Papers set at the Examination for Leaving Certificates, 1894
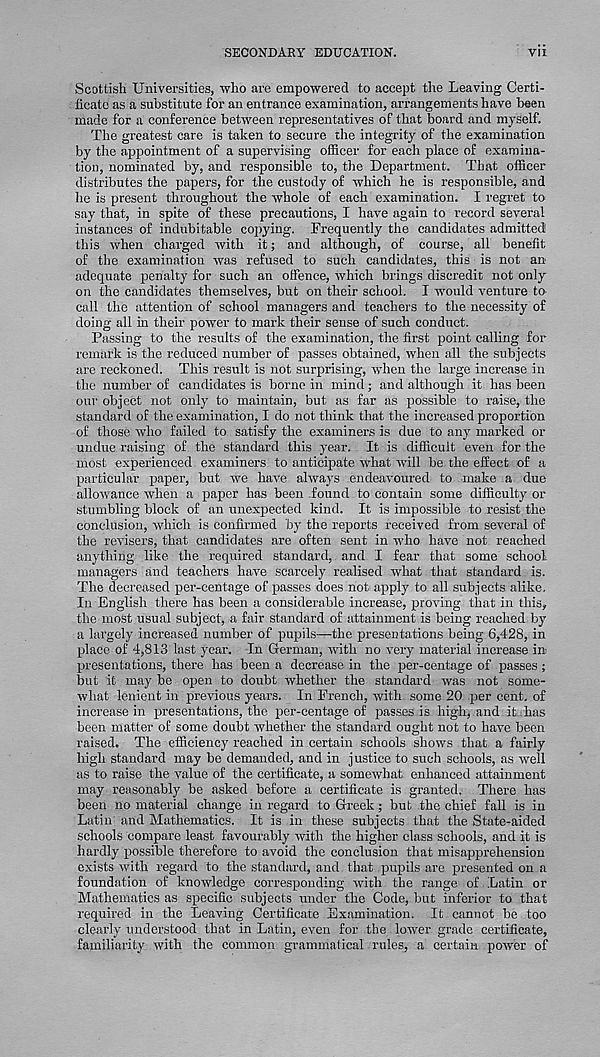
SECONDARY EDUCATION.
VII
Scottish Universities, who are empowered to accept the Leaving Certi-
ficate as a substitute for an entrance examination, arrangements have been
made for a conference between representatives of that board and myself.
The greatest care is taken to secure the integrity of the examination
by the appointment of a supervising officer for each place of examina-
tion, nominated by, and responsible to, the Department. That officer
distributes the papers, for the custody of which he is responsible, and
he is present throughout the whole of each examination. I regret to
say that, in spite of these precautions, I have again to record several
instances of indubitable copying. Frequently the candidates admitted
this when charged with it; and although, of course, all benefit
of the examination was refused to such candidates, this is not an
adequate penalty for such an offence, which brings discredit not only
on the candidates themselves, but on their school. I would venture to
call the attention of school managers and teachers to the necessity of
doing all in their power to mark their sense of such conduct.
Passing to the results of the examination, the first point calling for
remark is the reduced number of passes obtained, when all the subjects
are reckoned. This result is not surprising, when the large increase in
the number of candidates is borne in mind; and although it has been
our object not only to maintain, but as far as possible to raise, the
standard of the examination, I do not think that the increased proportion
of those who failed to satisfy the examiners is due to any marked or
undue raising of the standard this year. It is difficult even for the
most experienced examiners to anticipate what will be the effect of a
particular paper, but we have always endeavoured to make a due
allowance when a paper has been found to contain some difficulty or
stumbling block of an unexpected kind. It is impossible to resist the
conclusion, which is confirmed by the reports received from several of
the revisers, that candidates are often sent in who have not reached
anything like the required standard, and I fear that some school
managers and teachers have scarcely realised what that standard is.
The decreased per-centage of passes does not apply to all subjects alike.
In English there has been a considerable increase, proving that in this,
the most usual subject, a fair standard of attainment is being reached by
a largely increased number of pupils—the presentations being 6,428, in
place of 4,813 last year. In German, with no very material increase in
presentations, there has been a decrease in the per-centage of passes;
but it may be open to doubt whether the standard was not some-
what lenient in previous years. In French, with some 20 per cent, of
increase in presentations, the per-centage of passes is high, and it,has
been matter of some doubt whether the standard ought not to have been
raised. The efficiency reached in certain schools shows that a fairly
high standard may be demanded, and in justice to such schools, as well
as to raise the value of the certificate, a somewhat enhanced attainment
may reasonably be asked before a certificate is granted. There has
been no material change in regard to Greek; but the chief fall is in
Latin and Mathematics. It is in these subjects that the State-aided
schools compare least favourably with the higher class schools, and it is
hardly possible therefore to avoid the conclusion that misapprehension
exists with regard to the standard, and that pupils are presented on a
foundation of knowledge corresponding with the range of Latin or
Mathematics as specific subjects under the Code, but inferior to that
required in the Leaving Certificate Examination. It cannot be too
clearly understood that in Latin, even for the lower grade certificate,
familiarity with the common grammatical rules, a certain power of